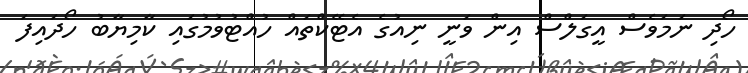
ހޯދި ނަމަވެސް އީގަލްސް އިން ވަނީ ނިއުގެ އެޓޭކްތައް ހުއްޓުވުމުގައި ކާމިޔާބު ހޯދައިފަ